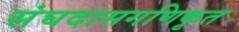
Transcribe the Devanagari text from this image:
संघदासगणिकृत